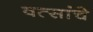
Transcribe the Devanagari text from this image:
वत्सांचे